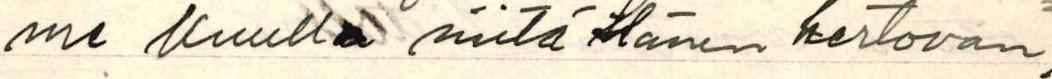
me kuulla niitä Hänen kertovan.